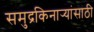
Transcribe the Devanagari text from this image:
समुद्रकिनार्‍यांसाठी